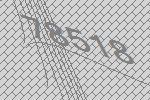
78518